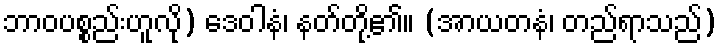
ဘာဝပစ္စည်းဟူလို) ဒေဝါနံ၊ နတ်တို့၏။ (အာယတနံ၊ တည်ရာသည်)